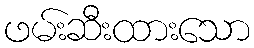
ဖမ်းဆီးထားသော